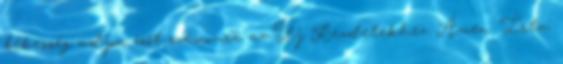
békesség adjon erőt számomra az Új Kezdetekhez. Ámen. Írta: